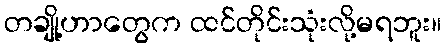
တချို့ဟာတွေက ထင်တိုင်းသုံးလို့မရဘူး။